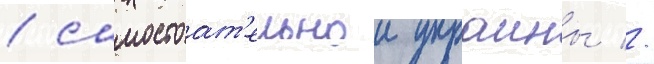
/ самостоат'ельнои украины //